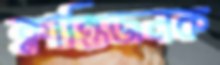
ক্লান্তিজনক